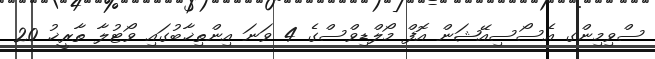
ސްވިމިންގ އެސޯސިއޭޝަން އޮފް މޯލްޑިވްސްގެ 4 ވަނަ އިންތިޚާބުގައި ވޯޓުލާ ތާރީޚު 20